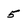
Character: 5